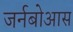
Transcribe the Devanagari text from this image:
जर्नबोआस